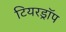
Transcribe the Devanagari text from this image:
टियरड्रॉप